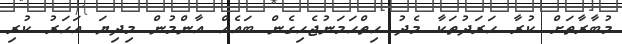
މުބާރާތަށް ކުރާ ހަރަދުތަކާ މެދު ހިތްހަމަނުޖެހިގެން ބައެއް އާންމުން މިދިޔަ އަހަރު ކުރި